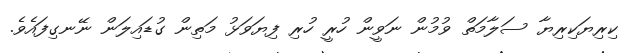
ކިރިޔަކިރިޔާ ސަލާމަތް ވުމުން ނަވީން ހުރީ ހުރި ފިޔަވަޅު މަތިން ގުޑައިލަން ނޭނގިފައެވެ.